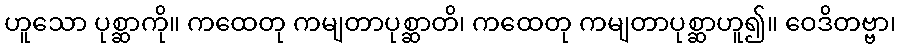
ဟူသော ပုစ္ဆာကို။ ကထေတု ကမျတာပုစ္ဆာတိ၊ ကထေတု ကမျတာပုစ္ဆာဟူ၍။ ဝေဒိတဗ္ဗာ၊